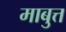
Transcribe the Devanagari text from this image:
माबुत्त